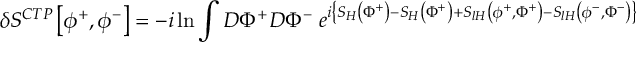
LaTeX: \delta S ^ { C T P } \left[ \phi ^ { + } , \phi ^ { - } \right] = - i \ln \int D \Phi ^ { + } D \Phi ^ { - } \; e ^ { i \left\{ S _ { H } \left( \Phi ^ { + } \right) - S _ { H } \left( \Phi ^ { + } \right) + S _ { l H } \left( \phi ^ { + } , \Phi ^ { + } \right) - S _ { l H } \left( \phi ^ { - } , \Phi ^ { - } \right) \right\} }